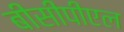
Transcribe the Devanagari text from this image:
बीसीपीएल